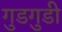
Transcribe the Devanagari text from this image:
गुडगुडी